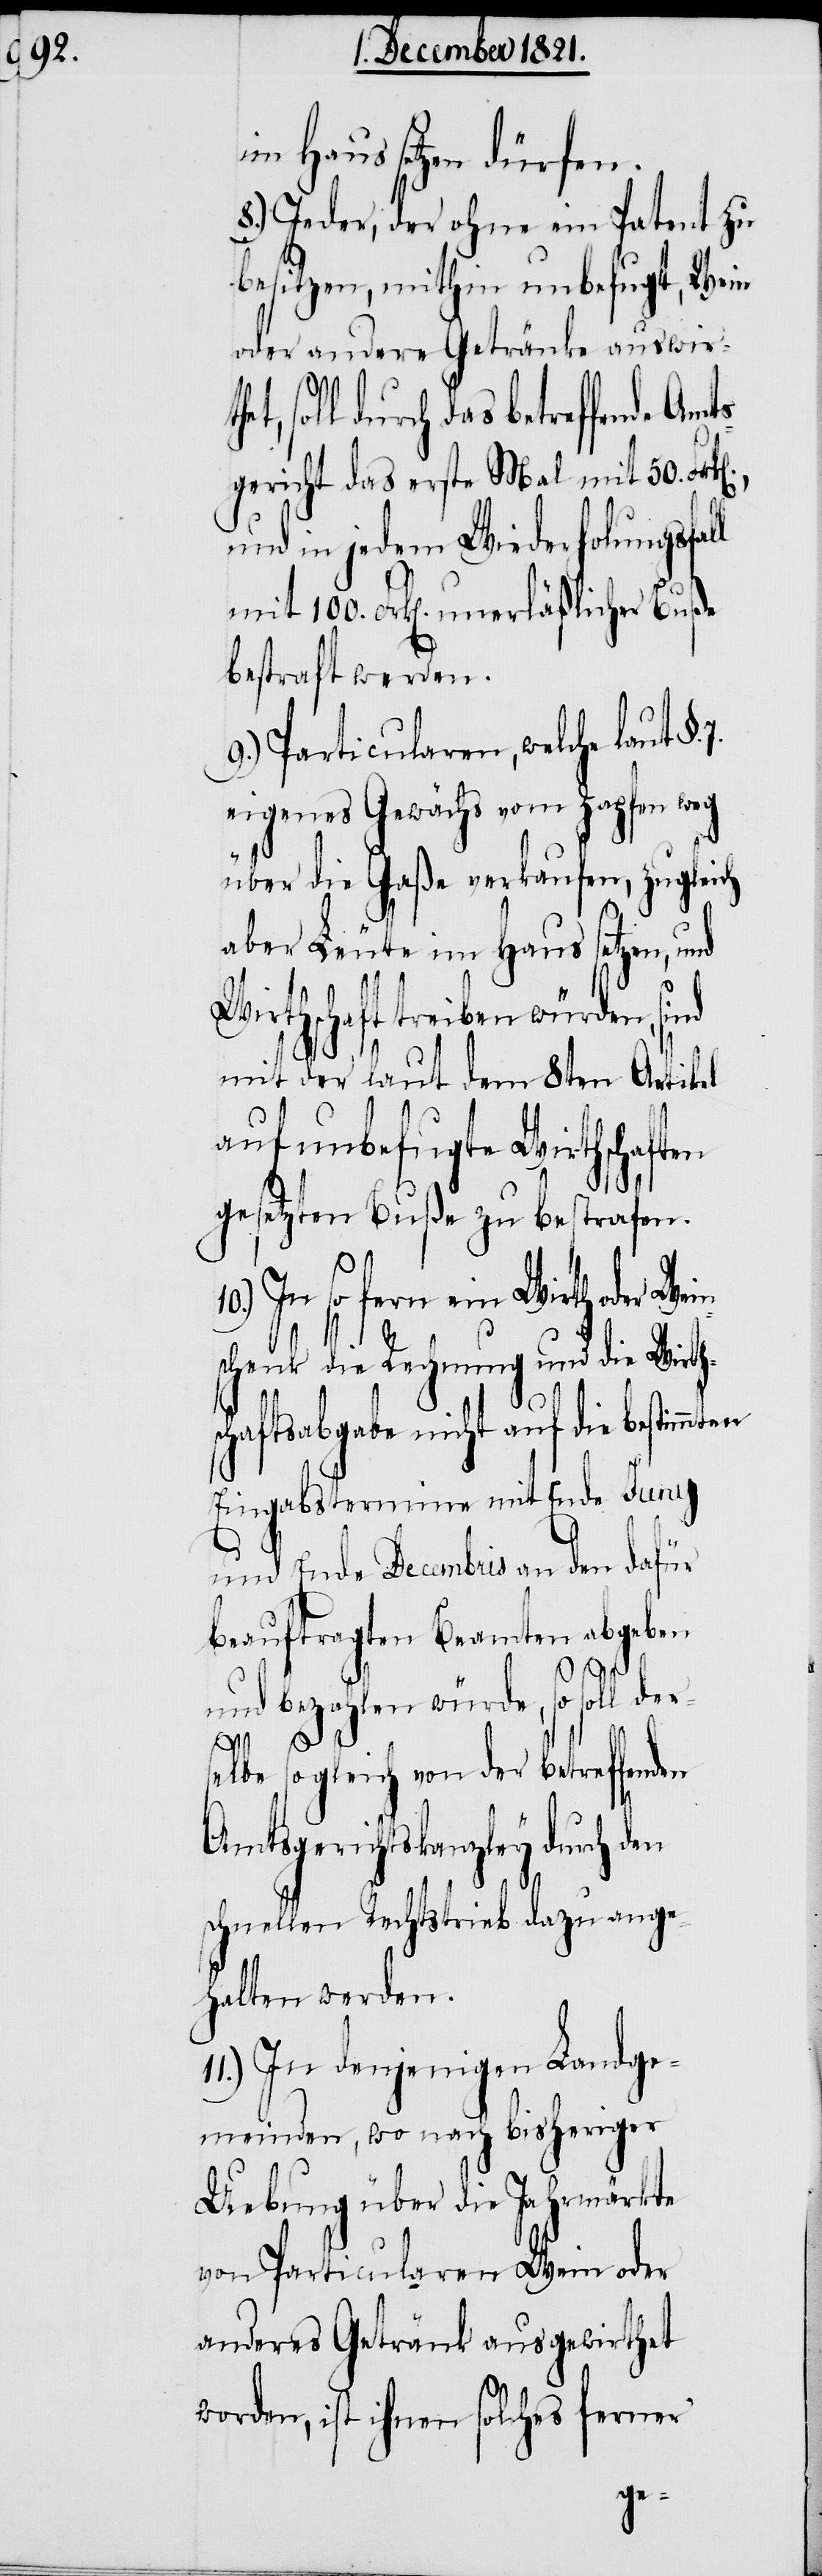
im Haus setzen dürfen.
8.) Jeder, der ohne ein Patent zu
besitzen, mithin unbefugt, Wein
oder andere Getränke auswirt¬
soll durch das betreffende Am¬
gericht das erste Mal mit 50. Fr¬
und in jedem Wiederholungsfal¬
mit 100. Frk[en]. unerläßlicher Buße
bestraft werden.
9.) Particularen, welche laut §.
eigenes Gewächs vom Zapfen weg
über die Gaße verkaufen, zugleich
aber Leute im Haus setzen,
Wirthschaft treiben würden, sind
mit der laut dem 8ten Artikel
auf unbefugte Wirthschaften
gesetzten Buße zu bestrafen.
In so fern ein Wirth oder We¬
in¬
schenk die Rechnung und die Wirth¬
chaftsabgabe nicht auf die bestimmten
Eingabstermine mit Ende Juny
und Ende Decembris an den dafür
beauftragten Beamten abgeben
und bezahlen würde, so soll ders¬
7.
elbe sogleich von der betreffenden
Amtsgerichtskanzley durch d¬
schnellen Rechtstrieb dazu ange¬
halten werden.
11.) In denjenigen Landge¬
meinden, wo nach bisheriger
Uebung über die Jahrmärkte
von Particularen Wein oder
anderes Getränk ausgewirthet
worden, ist ihnen solches ferner
en